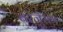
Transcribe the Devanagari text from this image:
बरजुराम